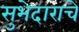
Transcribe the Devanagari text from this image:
सुभेदाराचे